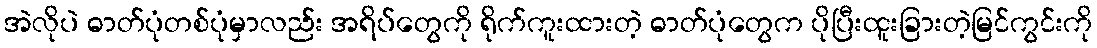
အဲလိုပဲ ဓာတ်ပုံတစ်ပုံမှာလည်း အရိပ်တွေကို ရိုက်ကူးထားတဲ့ ဓာတ်ပုံတွေက ပိုပြီးထူးခြားတဲ့မြင်ကွင်းကို